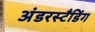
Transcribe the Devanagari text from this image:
अंडरस्टँडिंग